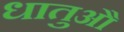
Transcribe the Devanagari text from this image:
धातुऔं